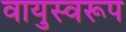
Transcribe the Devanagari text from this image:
वायुस्वरूप